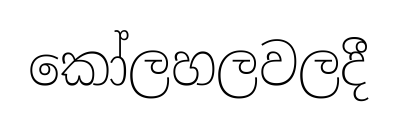
කෝලහලවලදී